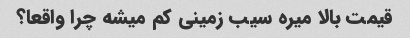
قیمت بالا میره سیب زمینی کم میشه چرا واقعا؟